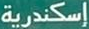
إسكندرية